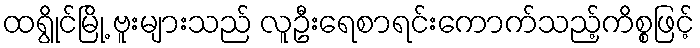
ထရွိုင်မြို့ ဗူးများသည် လူဦးရေစာရင်းကောက်သည့်ကိစ္စဖြင့်